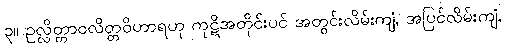
၃။ ဥလ္လိတ္တာဝလိတ္တဝိဟာရဟု ကုဋိအတိုင်းပင် အတွင်းလိမ်းကျံ, အပြင်လိမ်းကျံ,